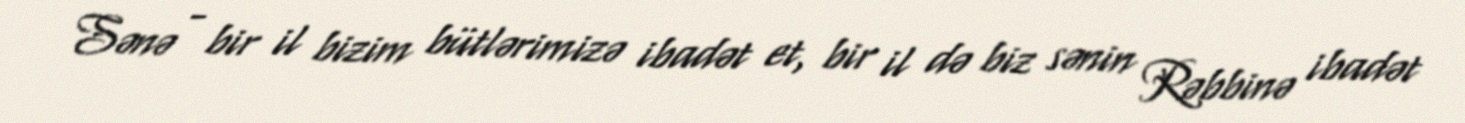
Sənə - bir il bizim bütlərimizə ibadət et, bir il də biz sənin Rəbbinə ibadət